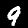
Label: 9